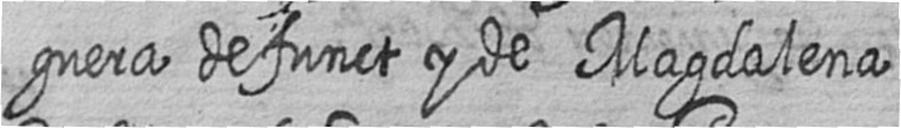
guera defunct y de Magdalena